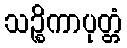
သဉ္စိကာပုတ္တံ